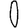
Digit: 0